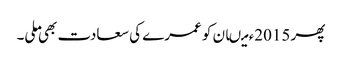
پھر 2015ء میںان کو عمرے کی سعادت بھی ملی۔